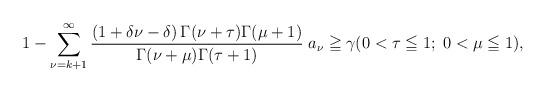
LaTeX: \begin{align*}1-\sum_{\nu =k+1 }^{ \infty} \dfrac{(1+\delta \nu- \delta ) \,\Gamma(\nu+\tau)\Gamma(\mu+1)}{\Gamma(\nu+\mu)\Gamma(\tau+1)}\; a_{\nu}\geqq \gamma (0 < \tau \leqq 1;\; 0 < \mu \leqq 1),\end{align*}